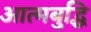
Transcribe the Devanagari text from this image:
आत्मबुद्धि